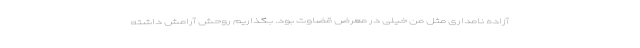
آزاده نامداری مثل من خیلی در معرض قضاوت بود. بگذاریم روحش آرامش داشته